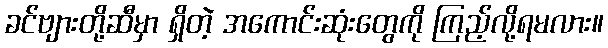
ခင်ဗျားတို့ဆီမှာ ရှိတဲ့ အကောင်းဆုံးတွေကို ကြည့်လို့ရမလား။